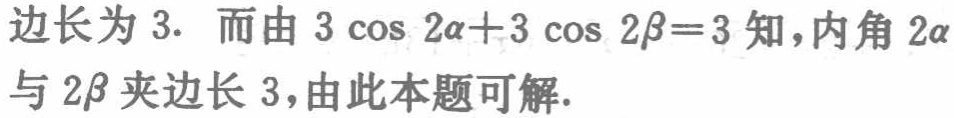
边长为 \(3\). 而由 \(3\cos 2\alpha + 3\cos 2\beta = 3\) 知，内角 \(2\alpha\) 与 \(2\beta\) 夹边长 \(3\)，由此本题可解.